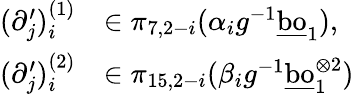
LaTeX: \begin{array}{rl}{(\partial_{j}^{\prime})_{i}^{(1)}}&{\in\pi_{7,2-i}(\alpha_{i}g^{-1}\underline{{\mathrm{bo}}}_{1}),}\\ {(\partial_{j}^{\prime})_{i}^{(2)}}&{\in\pi_{15,2-i}(\beta_{i}g^{-1}\underline{{\mathrm{bo}}}_{1}^{\otimes{2}})}\end{array}